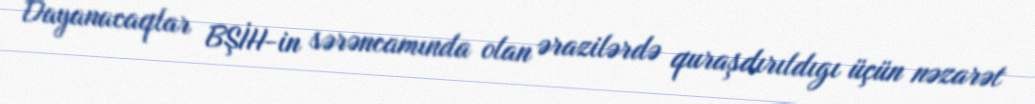
Dayanacaqlar BŞİH-in sərəncamında olan ərazilərdə quraşdırıldıgı üçün nəzarət